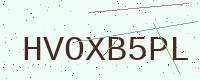
Text: HVOXB5PL